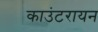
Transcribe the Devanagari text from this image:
काउंटरायन